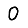
Digit: 0